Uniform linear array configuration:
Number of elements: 4
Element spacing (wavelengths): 1
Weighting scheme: hamming
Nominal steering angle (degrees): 60
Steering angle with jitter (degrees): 58.063
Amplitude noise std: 0.05
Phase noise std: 0.05

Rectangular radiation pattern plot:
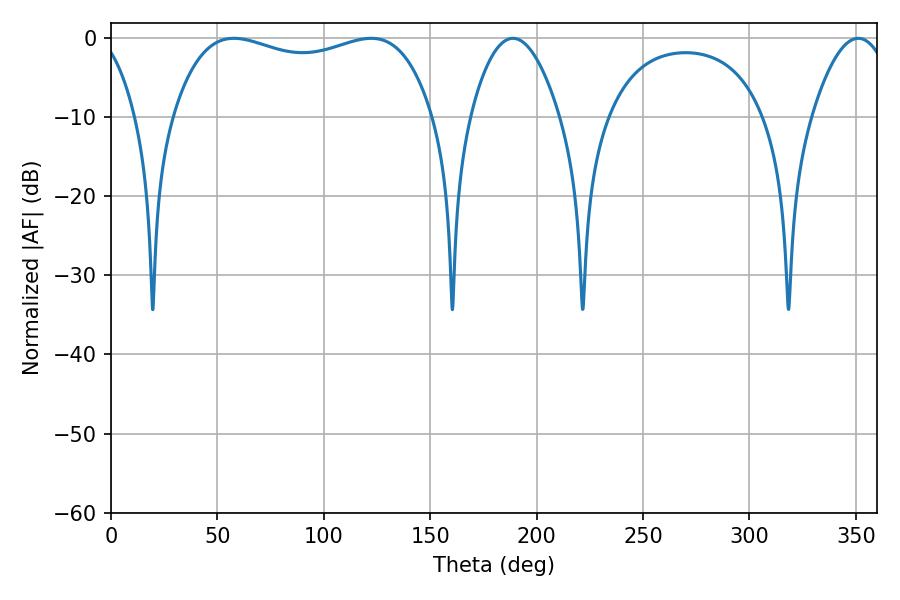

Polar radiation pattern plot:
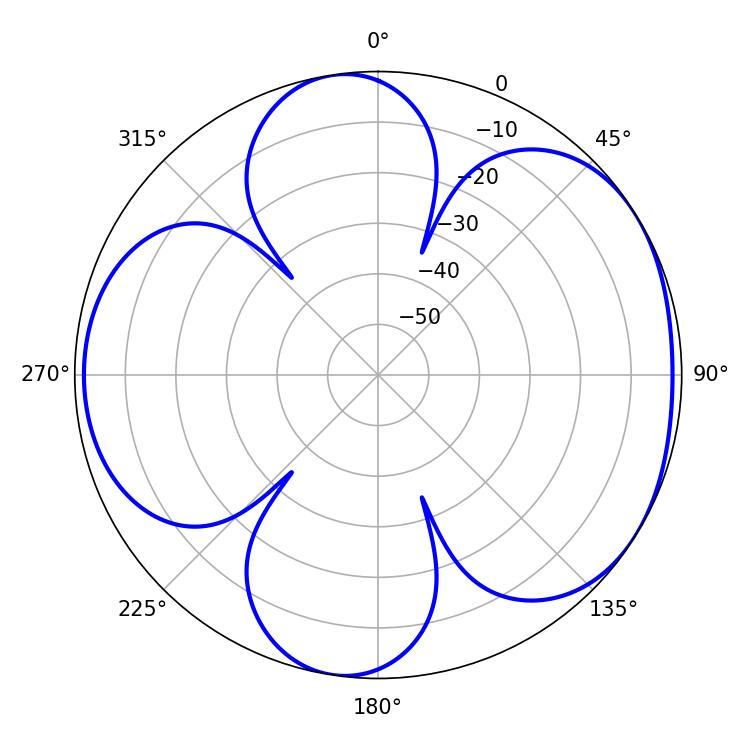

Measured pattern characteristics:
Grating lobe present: TRUE
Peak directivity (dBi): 5.018
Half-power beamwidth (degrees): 99.36
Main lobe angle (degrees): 57.78